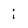
Character: i